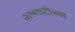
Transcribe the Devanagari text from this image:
अल्माटीच्या